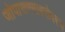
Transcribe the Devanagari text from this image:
जोपासण्याबरोबरच